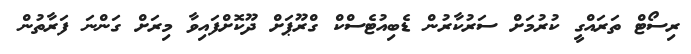
ރިސޯޓް ތަރައްގީ ކުރުމަށް ސަރުކާރުން ޑެބިއުޓެސްކް ގްރޫޕަށް ދޫކޮށްފައިވާ މިރަށް ގަންނަ ފަރާތުން